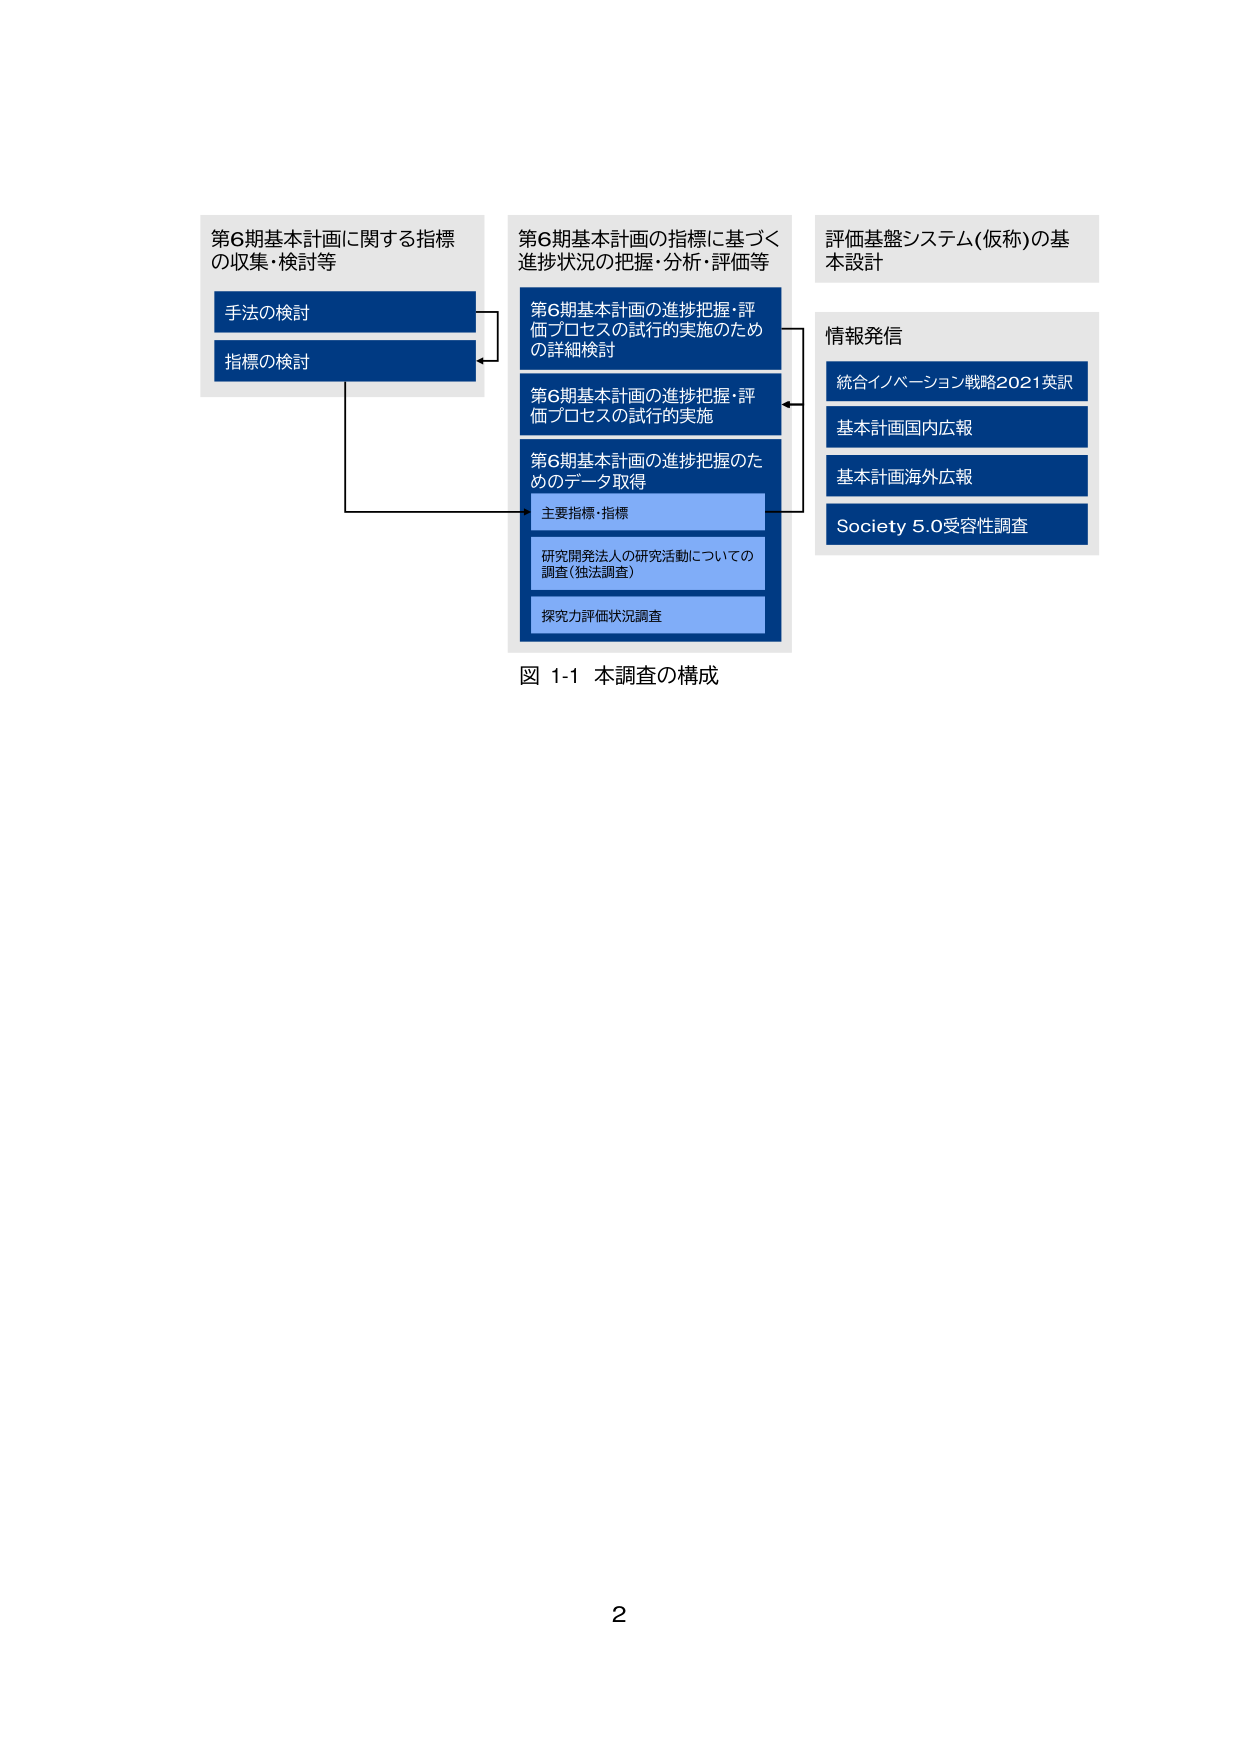
第6期基本計画に関する指標
の収集・検討等
手法の検討
指標の検討
第6期基本計画の指標に基づく
進捗状況の把握・分析・評価等
第6期基本計画の進捗把握・評
価プロセスの試行的実施のため
の詳細検討
第6期基本計画の進捗把握・評
価プロセスの試行的実施
第6期基本計画の進捗把握のた
めのデータ取得
主要指標・指標
研究開発法人の研究活動についての
調査（独法調査）
探究力評価状況調査
評価基盤システム（仮称）の基
本設計
情報発信
統合イノベーション戦略2021英訳
基本計画国内広報
基本計画海外広報
Society 5.0受容性調査
図 1-1 本調査の構成
2